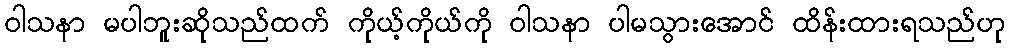
ဝါသနာ မပါဘူးဆိုသည်ထက် ကိုယ့်ကိုယ်ကို ဝါသနာ ပါမသွားအောင် ထိန်းထားရသည်ဟု